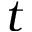
t